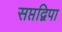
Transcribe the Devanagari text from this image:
सप्तद्विपा